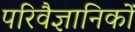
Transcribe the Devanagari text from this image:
परिवैज्ञानिकों